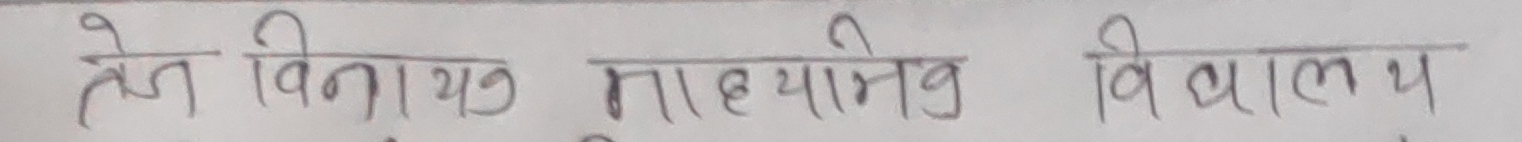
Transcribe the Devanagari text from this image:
तेन बिना यात्र माध्यमक विद्यालय